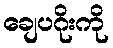
ချေပဂိုးကို